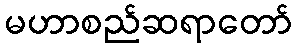
မဟာစည်ဆရာတော်